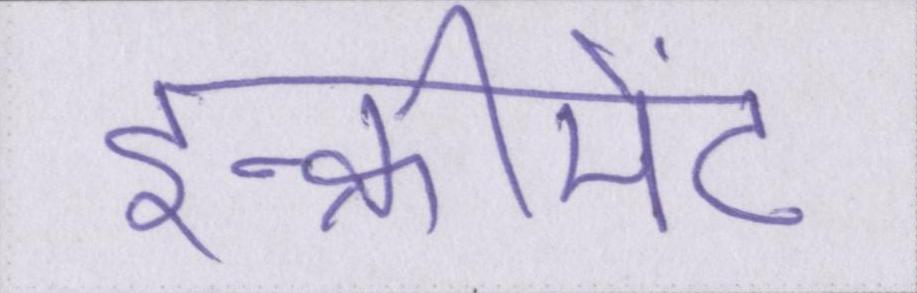
इन्क्रीमेंट